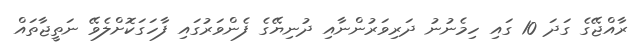
ރާއްޖޭގެ ގަދަ 10 ގައި ހިމެނުނު ދަރިވަރުންނާއި ދުނިޔޭގެ ފެންވަރުގައި ފާހަގަކޮށްލެވޭ ނަތީޖާތައް